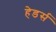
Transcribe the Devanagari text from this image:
हेडर्स